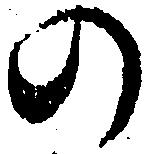
の